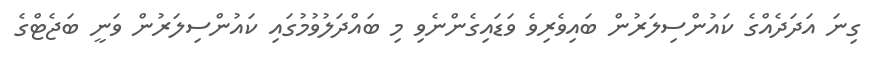
ގިނަ އަދަދެއްގެ ކައުންސިލަރުން ބައިވެރިވެ ވަޑައިގެންނެވި މި ބައްދަލުވުމުގައި ކައުންސިލަރުން ވަނީ ބަޖެޓްގެ